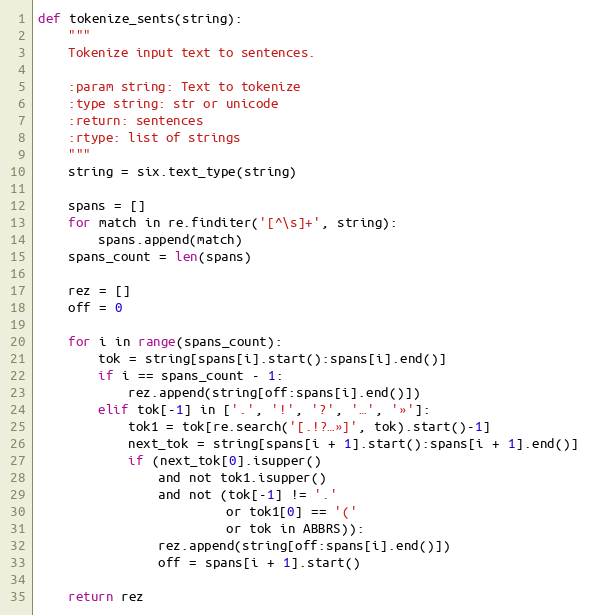
Language: Python
def tokenize_sents(string):
    """
    Tokenize input text to sentences.

    :param string: Text to tokenize
    :type string: str or unicode
    :return: sentences
    :rtype: list of strings
    """
    string = six.text_type(string)

    spans = []
    for match in re.finditer('[^\s]+', string):
        spans.append(match)
    spans_count = len(spans)

    rez = []
    off = 0

    for i in range(spans_count):
        tok = string[spans[i].start():spans[i].end()]
        if i == spans_count - 1:
            rez.append(string[off:spans[i].end()])
        elif tok[-1] in ['.', '!', '?', '…', '»']:
            tok1 = tok[re.search('[.!?…»]', tok).start()-1]
            next_tok = string[spans[i + 1].start():spans[i + 1].end()]
            if (next_tok[0].isupper()
                and not tok1.isupper()
                and not (tok[-1] != '.'
                         or tok1[0] == '('
                         or tok in ABBRS)):
                rez.append(string[off:spans[i].end()])
                off = spans[i + 1].start()

    return rez